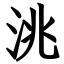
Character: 洮